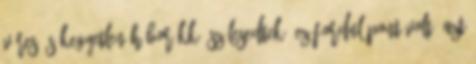
véres és kegyetlen háborúkká szélesedtek. Ez fordulópont volt, azt